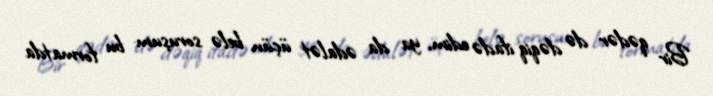
Bir qədər də dəqiq ifadə edim, ya da ədalət üçün belə soruşum: bu formatda